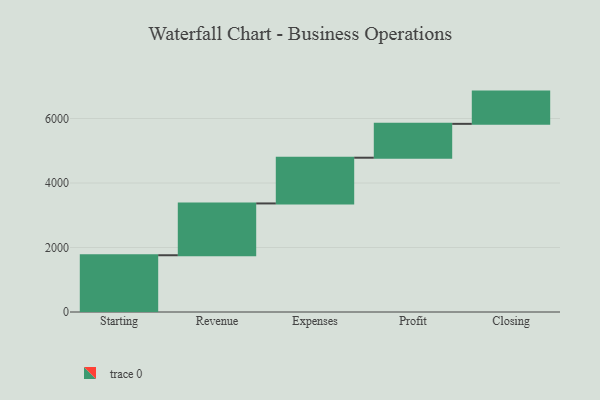
{"axis": {"x": "Step", "y": "Value"}, "legend": [""], "data": [{"x": "Starting", "y": 1760.0, "type": ""}, {"x": "Revenue", "y": 1606.0, "type": ""}, {"x": "Expenses", "y": 1418.0, "type": ""}, {"x": "Profit", "y": 1050.0, "type": ""}, {"x": "Closing", "y": 1000, "type": ""}]}